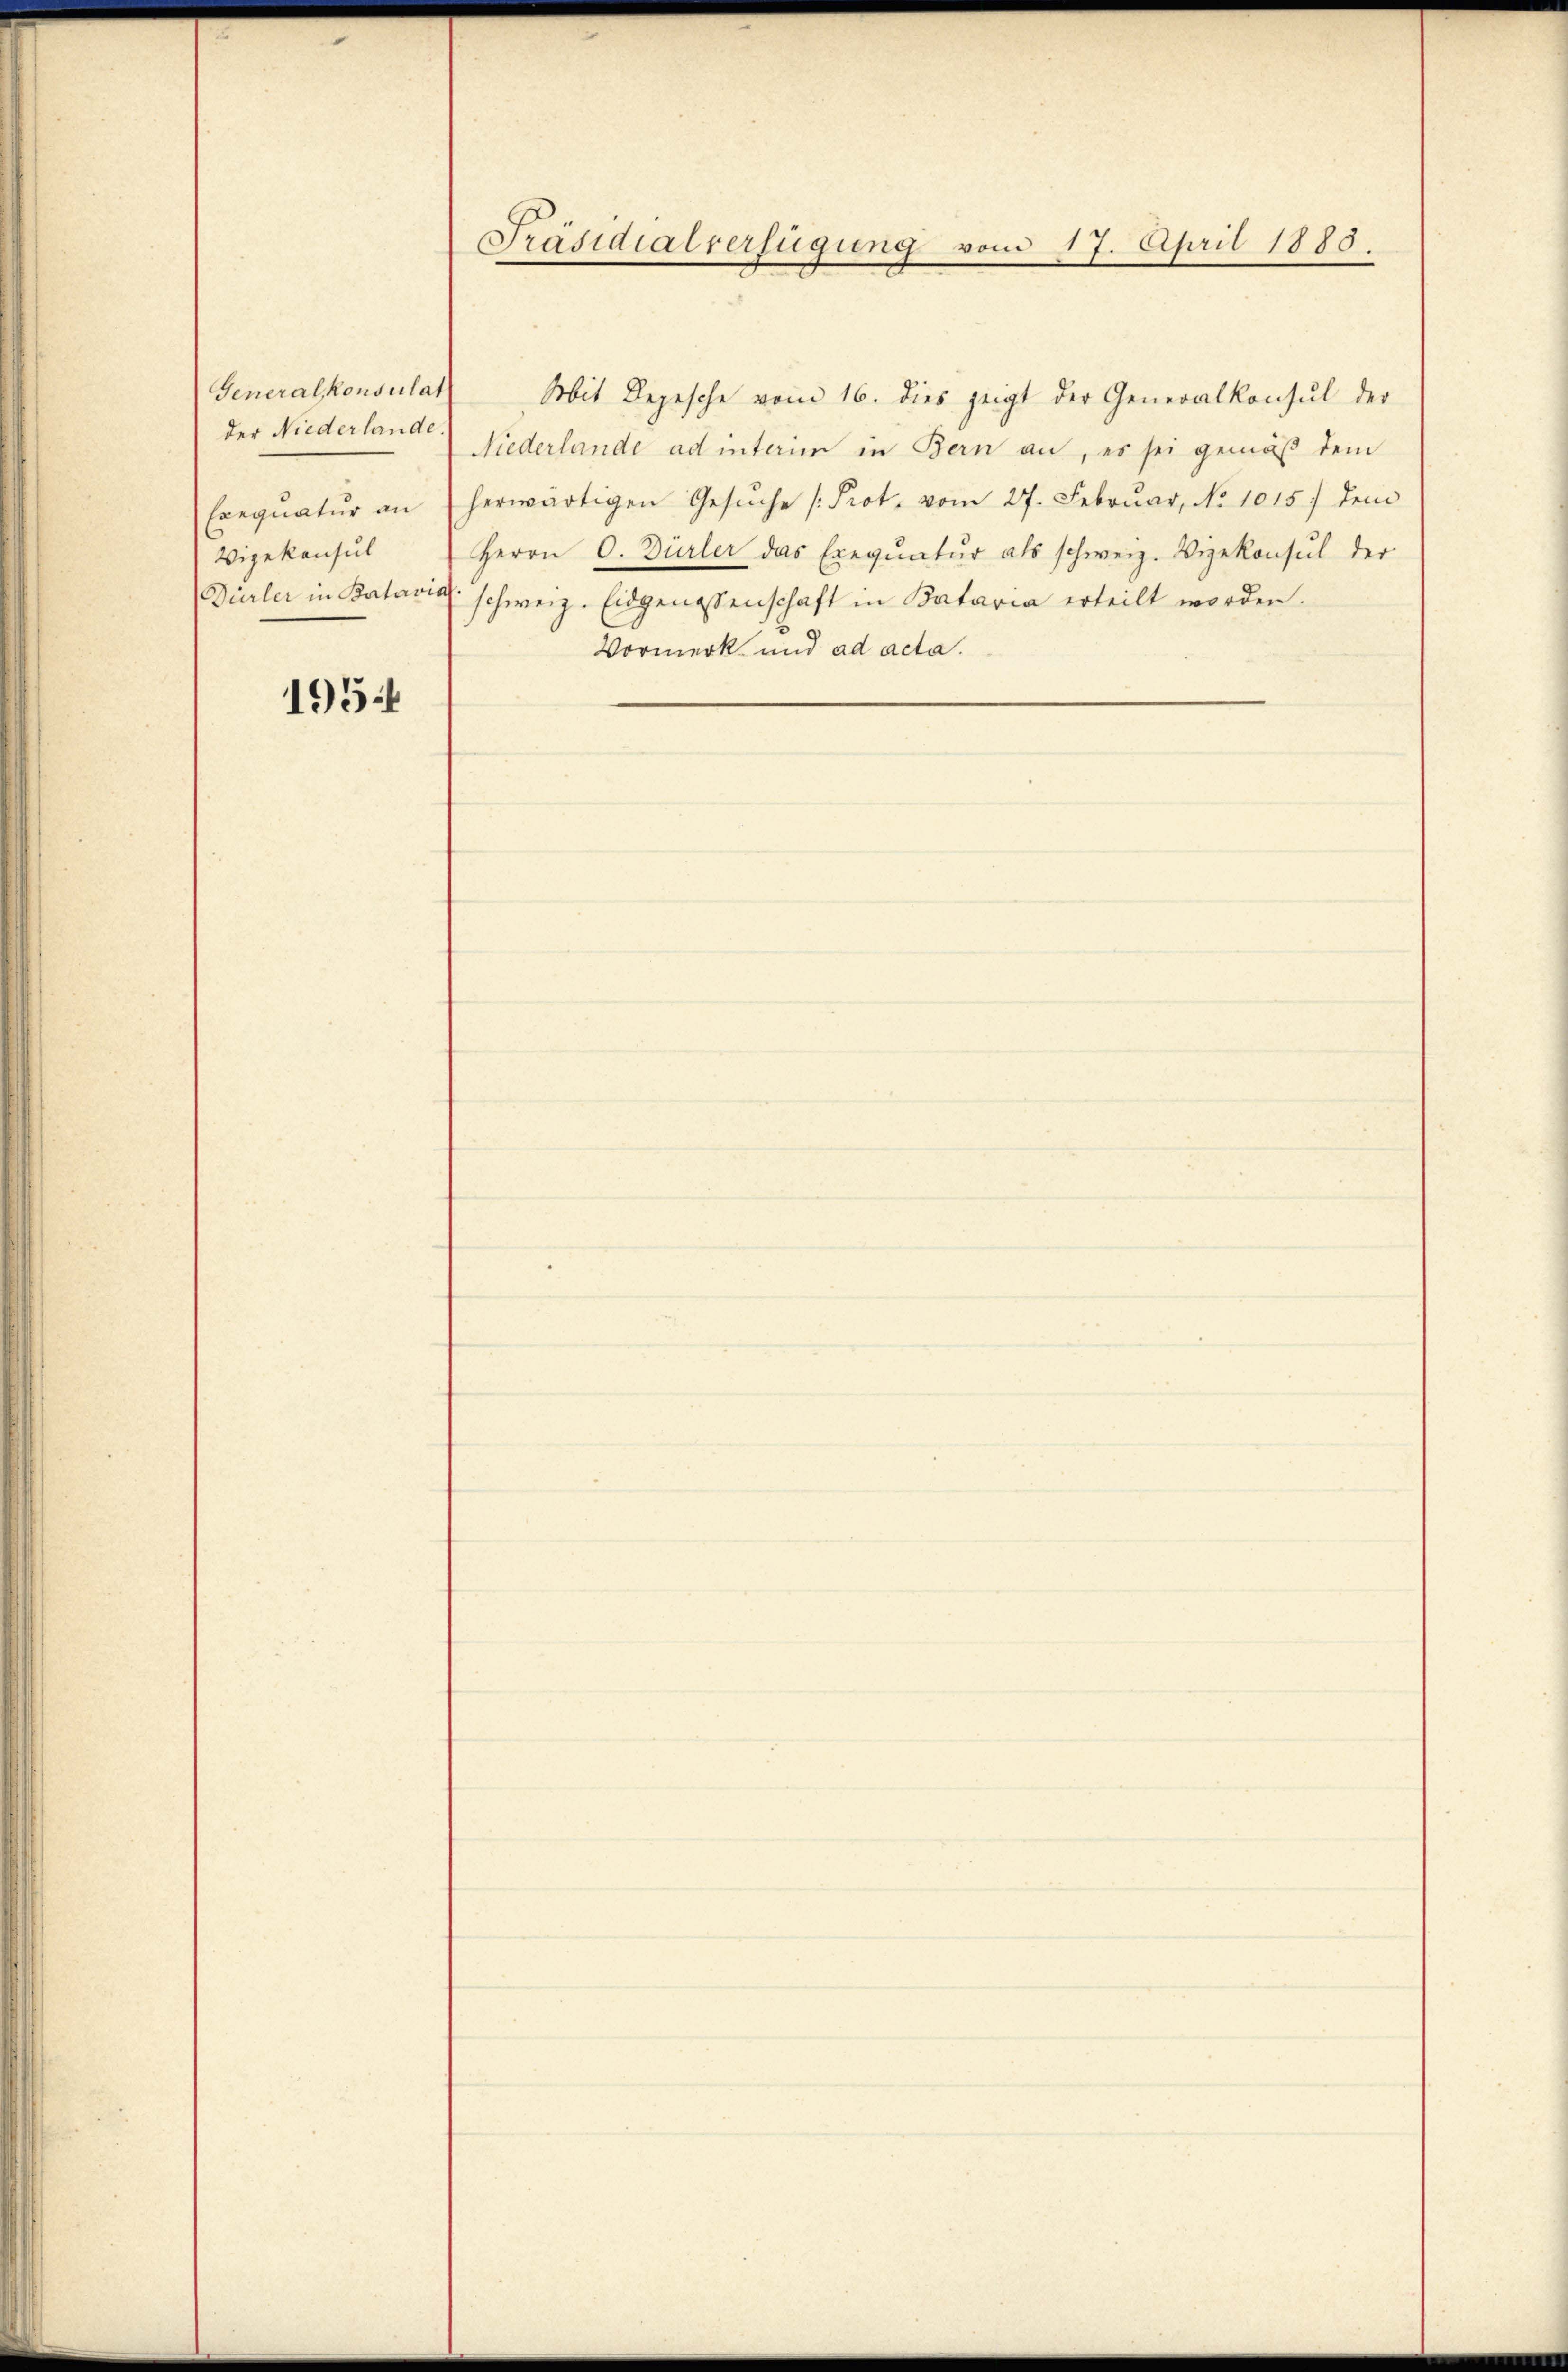
Generalkonsulat
der Niederlande.
Exequatur an
Vizekonsul

195

Präsidialverfügung vom 17. April 1888.

Mit Depesche vom 16. dies zeigt der Generalkonsul der
Niederlande ad interim in Bern an, es sei gemäß dem
herwärtigen Gesŭche Prot. vom 27. Februar, No 1015) dem
Herrn O. Dürler das Exeqŭatŭr als schweiz. Vizekonsul der
Dürler in Batavial schweiz. Eidgenossenschaft in Kataria erteilt worden.
Vormerk und ad acta.